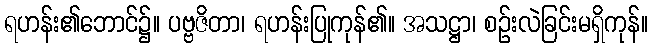
ရဟန်း၏ဘောင်၌။ ပဗ္ဗဇိတာ၊ ရဟန်းပြုကုန်၏။ အသဋ္ဌာ၊ စဉ်းလဲခြင်းမရှိကုန်။